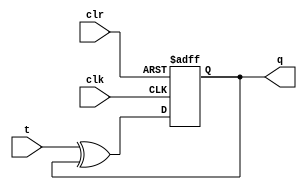
// T flip flop; if t is not set, q remains the same
// if t is set at next posedge of clock, q will flip.
// q is the output signal
module tflipf(input clk, input clr, input t, output reg q);
    always @(posedge clk, negedge clr) begin
        if (~clr)
            q <= 0;
        else
            q <= t ^ q;
    end
endmodule